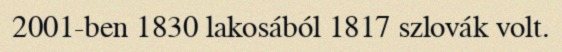
2001-ben 1830 lakosából 1817 szlovák volt.